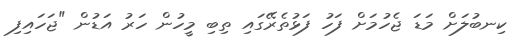
ކިނބުލަށް މަޑަ ޖެހުމަށް ފަހު ފަޅުތެރޭގައި ތިބި މީހުން ހަރު އަޑުން "ޖަހައިފި